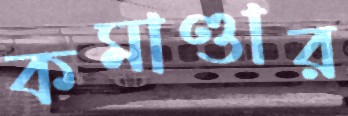
কমাণ্ডার